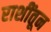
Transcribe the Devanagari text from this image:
राशींतून